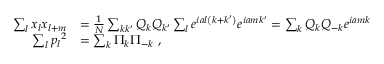
{ \begin{array} { r l } { \sum _ { l } x _ { l } x _ { l + m } } & { = { \frac { 1 } { N } } \sum _ { k k ^ { \prime } } Q _ { k } Q _ { k ^ { \prime } } \sum _ { l } e ^ { i a l \left( k + k ^ { \prime } \right) } e ^ { i a m k ^ { \prime } } = \sum _ { k } Q _ { k } Q _ { - k } e ^ { i a m k } } \\ { \sum _ { l } { p _ { l } } ^ { 2 } } & { = \sum _ { k } \Pi _ { k } \Pi _ { - k } ~ , } \end{array} }